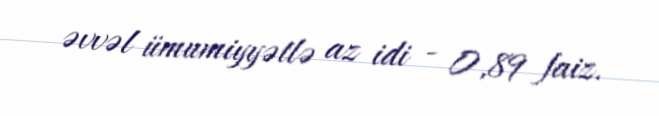
əvvəl ümumiyyətlə az idi - 0,89 faiz.